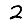
Digit: 2